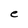
Character: e